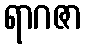
ရာဂဇာ